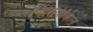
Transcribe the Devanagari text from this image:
चिरियिंकिल